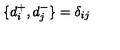
\{ d _ { i } ^ { + } , d _ { j } ^ { - } \} = \delta _ { i j }